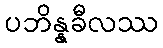
ပဘိန္နခီလဿ